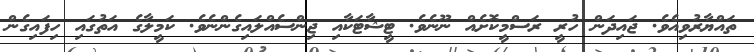
ތައްޔާރުވިއެވެ. ޖައިދަން ހުރީ ރަސްމީކޮށެއް ނޫނެވެ. ޓީޝާޓަކާއި ޖިންސެއްލައިގެންނެވެ. ކަމީލާގެ އަތުގައި ހިފައިގެން